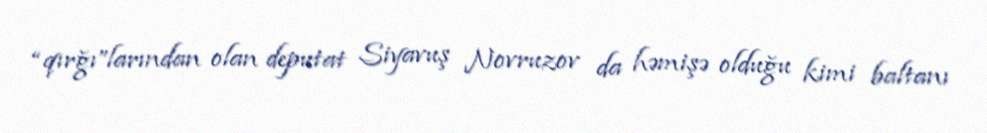
“qırğı”larından olan deputat Siyavuş Novruzov da həmişə olduğu kimi baltanı